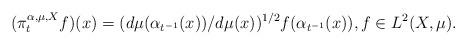
LaTeX: \begin{align*}(\pi^{\alpha,\mu,X}_tf)(x)=(d\mu(\alpha_{t^{-1}}(x))/d\mu(x))^{1/2}f(\alpha_{t^{-1}}(x)),f\in L^2(X,\mu).\end{align*}